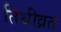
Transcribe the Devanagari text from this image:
तिथीव्रत